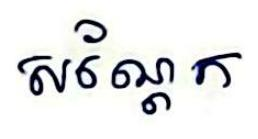
សណ្ដែក